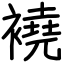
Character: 襓